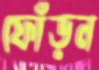
ফোঁড়ন